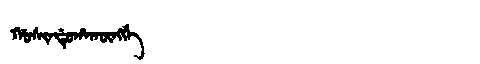
Manchu: ᡤᠣᠰᡳᠨᡩᡠᡥᠠᡴᡡᠩᡤᡝ
Romanization: GOSINDUHAKŪNGGE